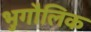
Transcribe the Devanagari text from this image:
भुगौलिक